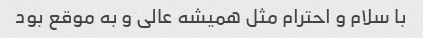
با سلام و احترام مثل همیشه عالی و به موقع بود